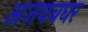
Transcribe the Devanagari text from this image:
अजयबघर